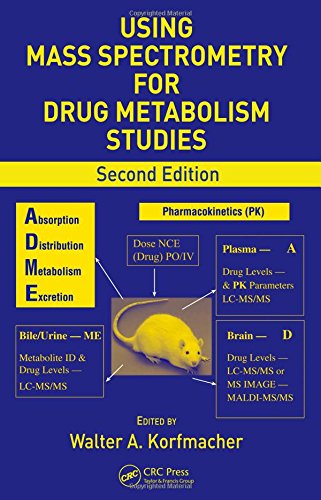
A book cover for Using Mass Spectrometry for Drug Metabolism Studies, Second Edition; Science & Math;